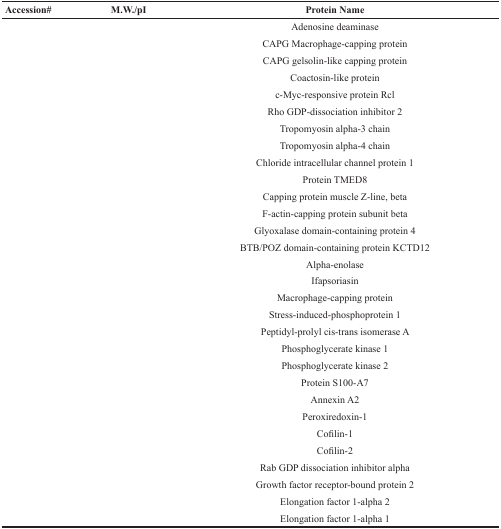
<table><thead><tr><td><b>Accession#</b></td><td><b>M.W./pI</b></td><td><b>Protein Name</b></td></tr></thead><tbody><tr><td>[EMPTY_CELL]</td><td>[EMPTY_CELL]</td><td>Adenosine deaminase</td></tr><tr><td>[EMPTY_CELL]</td><td>[EMPTY_CELL]</td><td>CAPG Macrophage-capping protein</td></tr><tr><td>[EMPTY_CELL]</td><td>[EMPTY_CELL]</td><td>CAPG gelsolin-like capping protein</td></tr><tr><td>[EMPTY_CELL]</td><td>[EMPTY_CELL]</td><td>Coactosin-like protein</td></tr><tr><td>[EMPTY_CELL]</td><td>[EMPTY_CELL]</td><td>c-Myc-responsive protein Rcl</td></tr><tr><td>[EMPTY_CELL]</td><td>[EMPTY_CELL]</td><td>Rho GDP-dissociation inhibitor 2</td></tr><tr><td>[EMPTY_CELL]</td><td>[EMPTY_CELL]</td><td>Tropomyosin alpha-3 chain</td></tr><tr><td>[EMPTY_CELL]</td><td>[EMPTY_CELL]</td><td>Tropomyosin alpha-4 chain</td></tr><tr><td>[EMPTY_CELL]</td><td>[EMPTY_CELL]</td><td>Chloride intracellular channel protein 1</td></tr><tr><td>[EMPTY_CELL]</td><td>[EMPTY_CELL]</td><td>Protein TMED8</td></tr><tr><td>[EMPTY_CELL]</td><td>[EMPTY_CELL]</td><td>Capping protein muscle Z-line, beta</td></tr><tr><td>[EMPTY_CELL]</td><td>[EMPTY_CELL]</td><td>F-actin-capping protein subunit beta</td></tr><tr><td>[EMPTY_CELL]</td><td>[EMPTY_CELL]</td><td>Glyoxalase domain-containing protein 4</td></tr><tr><td>[EMPTY_CELL]</td><td>[EMPTY_CELL]</td><td>BTB/POZ domain-containing protein KCTD12</td></tr><tr><td>[EMPTY_CELL]</td><td>[EMPTY_CELL]</td><td>Alpha-enolase</td></tr><tr><td>[EMPTY_CELL]</td><td>[EMPTY_CELL]</td><td>Ifapsoriasin</td></tr><tr><td>[EMPTY_CELL]</td><td>[EMPTY_CELL]</td><td>Macrophage-capping protein</td></tr><tr><td>[EMPTY_CELL]</td><td>[EMPTY_CELL]</td><td>Stress-induced-phosphoprotein 1</td></tr><tr><td>[EMPTY_CELL]</td><td>[EMPTY_CELL]</td><td>Peptidyl-prolyl cis-trans isomerase A</td></tr><tr><td>[EMPTY_CELL]</td><td>[EMPTY_CELL]</td><td>Phosphoglycerate kinase 1</td></tr><tr><td>[EMPTY_CELL]</td><td>[EMPTY_CELL]</td><td>Phosphoglycerate kinase 2</td></tr><tr><td>[EMPTY_CELL]</td><td>[EMPTY_CELL]</td><td>Protein S100-A7</td></tr><tr><td>[EMPTY_CELL]</td><td>[EMPTY_CELL]</td><td>Annexin A2</td></tr><tr><td>[EMPTY_CELL]</td><td>[EMPTY_CELL]</td><td>Peroxiredoxin-1</td></tr><tr><td>[EMPTY_CELL]</td><td>[EMPTY_CELL]</td><td>Cofilin-1</td></tr><tr><td>[EMPTY_CELL]</td><td>[EMPTY_CELL]</td><td>Cofilin-2</td></tr><tr><td>[EMPTY_CELL]</td><td>[EMPTY_CELL]</td><td>Rab GDP dissociation inhibitor alpha</td></tr><tr><td>[EMPTY_CELL]</td><td>[EMPTY_CELL]</td><td>Growth factor receptor-bound protein 2</td></tr><tr><td>[EMPTY_CELL]</td><td>[EMPTY_CELL]</td><td>Elongation factor 1-alpha 2</td></tr><tr><td>[EMPTY_CELL]</td><td>[EMPTY_CELL]</td><td>Elongation factor 1-alpha 1</td></tr></tbody></table>